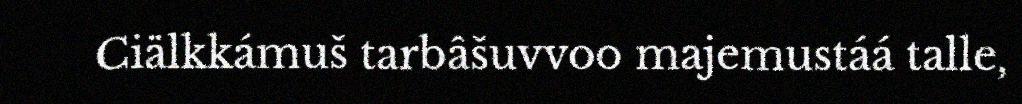
Ciälkkámuš tarbâšuvvoo majemustáá talle,